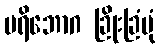
ပရိဘောဂ ခြိုးခြံပုံ